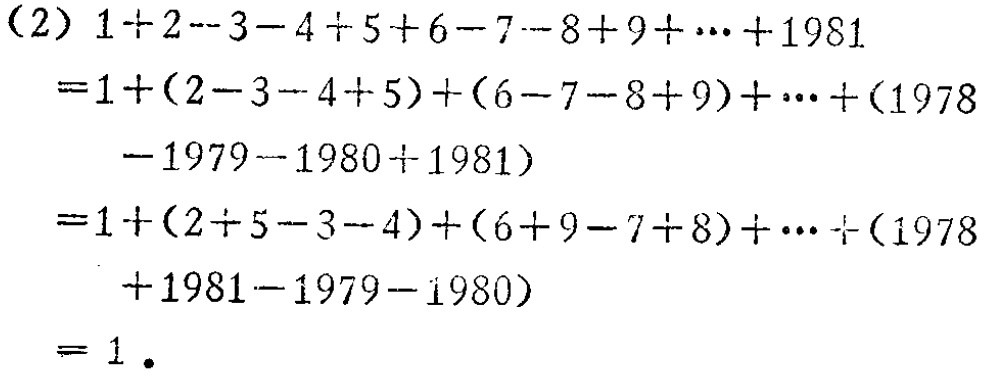
\begin{align*}

&(2)\ 1 + 2 - 3 - 4 + 5 + 6 - 7 - 8 + 9 + \cdots + 1981\\

=&1+(2 - 3 - 4 + 5)+(6 - 7 - 8 + 9)+\cdots+(1978 - 1979 - 1980 + 1981)\\

=&1+(2 + 5 - 3 - 4)+(6 + 9 - 7 - 8)+\cdots+(1978 + 1981 - 1979 - 1980)\\

=&1.

\end{align*}